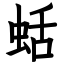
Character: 蛞